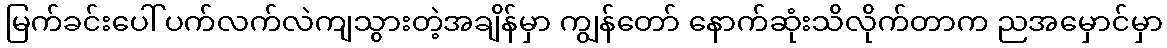
မြက်ခင်းပေါ် ပက်လက်လဲကျသွားတဲ့အချိန်မှာ ကျွန်တော် နောက်ဆုံးသိလိုက်တာက ညအမှောင်မှာ